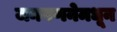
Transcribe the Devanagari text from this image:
जनगणनेमधून